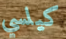
كيلسي